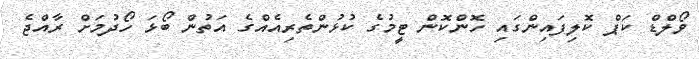
ވޯލްޑް ކަޕް ކޮލިފައިންގައި ހޮންކޮން ޓީމުގެ ކުޅުންތެރިއެއްގެ އަތުން ބޯޅަ ހޯދުމަށް ރާއްޖެ